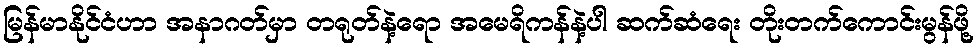
မြန်မာနိုင်ငံဟာ အနာဂတ်မှာ တရုတ်နဲ့ရော အမေရိကန်နဲ့ပါ ဆက်ဆံရေး တိုးတက်ကောင်းမွန်ဖို့